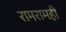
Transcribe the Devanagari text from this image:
रामरामही